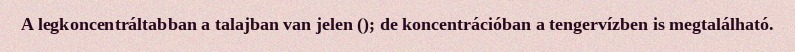
A legkoncentráltabban a talajban van jelen (); de koncentrációban a tengervízben is megtalálható.